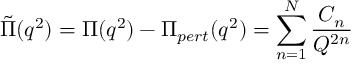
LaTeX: \tilde { \Pi } ( q ^ { 2 } ) = \Pi ( q ^ { 2 } ) - \Pi _ { p e r t } ( q ^ { 2 } ) = \sum _ { n = 1 } ^ { N } \frac { C _ { n } } { Q ^ { 2 n } }